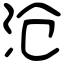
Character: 沧